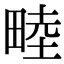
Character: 𪽘